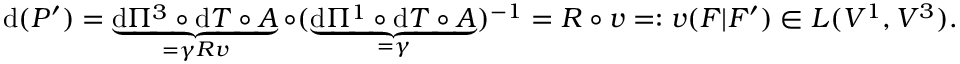
\mathrm { d } ( P ^ { \prime } ) = \underbrace { \mathrm { d } \Pi ^ { 3 } \circ \mathrm { d } T \circ A } _ { = \gamma R v } \circ ( \underbrace { \mathrm { d } \Pi ^ { 1 } \circ \mathrm { d } T \circ A } _ { = \gamma } ) ^ { - 1 } = R \circ v = : v ( F | F ^ { \prime } ) \in L ( V ^ { 1 } , V ^ { 3 } ) .